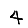
Digit: 4